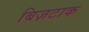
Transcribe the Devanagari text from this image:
बिज़टाक